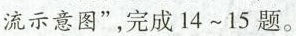
流示意图”，完成14~15题。